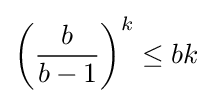
{\left({\frac {b}{b-1}}\right)}^{k}\leq bk